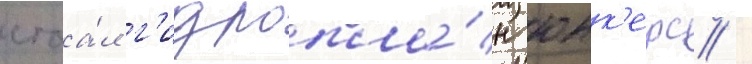
стоа́л г'идропла́н юнк'ерс /